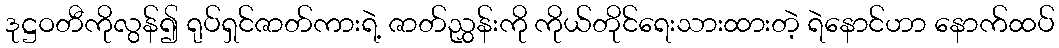
ဒုဋ္ဌဝတီကိုလွန်၍ ရုပ်ရှင်ဇာတ်ကားရဲ့ ဇာတ်ညွှန်းကို ကိုယ်တိုင်ရေးသားထားတဲ့ ရဲနောင်ဟာ နောက်ထပ်